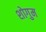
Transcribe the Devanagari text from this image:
शोगुम